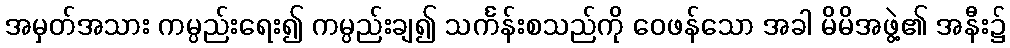
အမှတ်အသား ကမ္ပည်းရေး၍ ကမ္ပည်းချ၍ သင်္ကန်းစသည်ကို ဝေဖန်သော အခါ မိမိအဖွဲ့၏ အနီး၌